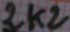
Text: 2k2